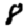
Digit: 8